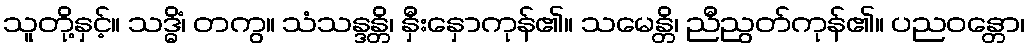
သူတို့နှင့်။ သဒ္ဓိံ၊ တကွ။ သံသန္ဒန္တိ၊ နှီးနှောကုန်၏။ သမေန္တိ၊ ညီညွတ်ကုန်၏။ ပညဝန္တော၊